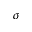
\sigma